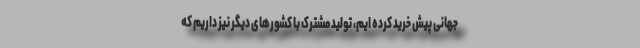
جهانی پیش خرید کرده ایم، تولید مشترک با کشورهای دیگر نیز داریم که